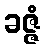
ခဇ္ဇံ